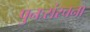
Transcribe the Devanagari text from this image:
पुनःसंरचना